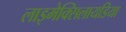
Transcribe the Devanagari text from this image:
लाइमेक्सिलायडिया